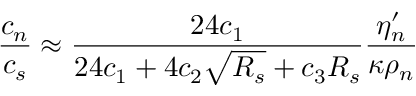
\frac { c _ { n } } { c _ { s } } \approx \frac { 2 4 c _ { 1 } } { 2 4 c _ { 1 } + 4 c _ { 2 } \sqrt { { \cal R } _ { s } } + c _ { 3 } { \cal R } _ { s } } \frac { \eta _ { n } ^ { \prime } } { \kappa \rho _ { n } }